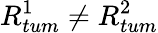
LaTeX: R_{tum}^{1}\neq R_{tum}^{2}